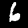
Label: 6